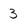
Character: 3